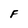
Character: F